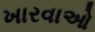
ખારવાઓ